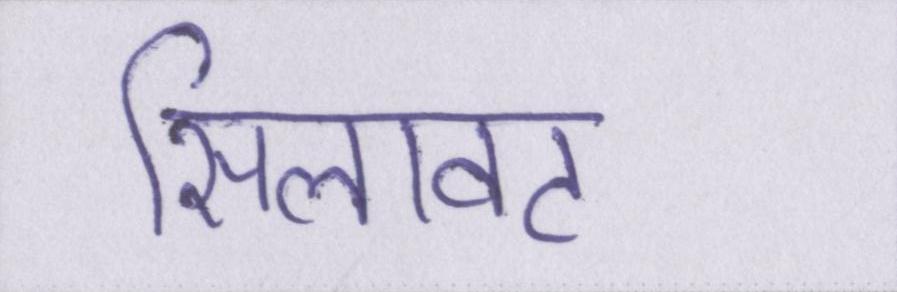
सिलावट